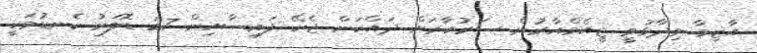
އާޒިމާ ވިދާޅުވީ ޖީއެމްއާރުން ސަރުކާރަށް ދައްކަން ޖެހޭ ފައިސާއިން 27 ޑޮލަރު ކެނޑުމަކީ